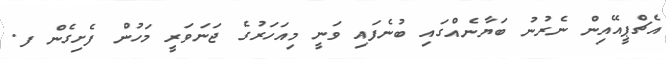
އެޗްޕީއޭއިން ނެރުނު ބަޔާނެއްގައި ބުނެފައި ވަނީ މިއަހަރުގެ ޖަނަވަރީ މަހުން ފެށިގެން ފ.